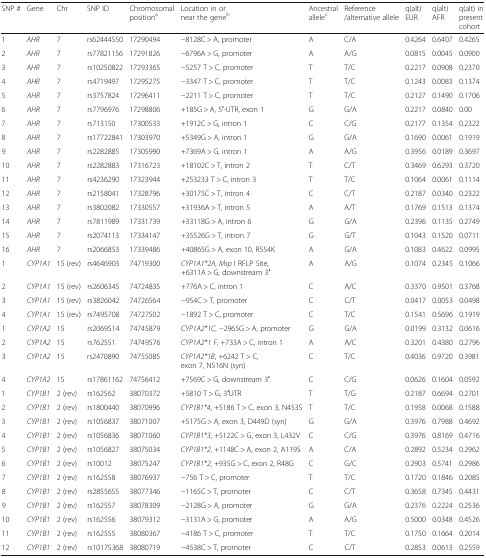
<table><thead><tr><td><b>SNP #</b></td><td><b>Gene</b></td><td><b>Chr</b></td><td><b>SNP ID</b></td><td><b>Chromosomal position<sup>a</sup></b></td><td><b>Location in or near the gene<sup>b</sup></b></td><td><b>Ancestral allele<sup>c</sup></b></td><td><b>Reference /alternative allele</b></td><td><b>q(alt) EUR</b></td><td><b>q(alt) AFR</b></td><td><b>q(alt) in present cohort</b></td></tr></thead><tbody><tr><td>1</td><td><i>AHR</i></td><td>7</td><td>rs62444550</td><td>17290494</td><td>−8128C &gt; A, promoter</td><td>A</td><td>C/A</td><td>0.4264</td><td>0.6407</td><td>0.4265</td></tr><tr><td>2</td><td><i>AHR</i></td><td>7</td><td>rs77821156</td><td>17291826</td><td>−6796A &gt; G, promoter</td><td>A</td><td>A/G</td><td>0.0815</td><td>0.0045</td><td>0.0900</td></tr><tr><td>3</td><td><i>AHR</i></td><td>7</td><td>rs10250822</td><td>17293365</td><td>−5257 T &gt; C, promoter</td><td>T</td><td>T/C</td><td>0.2217</td><td>0.0908</td><td>0.2370</td></tr><tr><td>4</td><td><i>AHR</i></td><td>7</td><td>rs4719497</td><td>17295275</td><td>−3347 T &gt; C, promoter</td><td>T</td><td>T/C</td><td>0.1243</td><td>0.0083</td><td>0.1374</td></tr><tr><td>5</td><td><i>AHR</i></td><td>7</td><td>rs3757824</td><td>17296411</td><td>−2211 T &gt; C, promoter</td><td>T</td><td>T/C</td><td>0.2127</td><td>0.1490</td><td>0.1706</td></tr><tr><td>6</td><td><i>AHR</i></td><td>7</td><td>rs7796976</td><td>17298806</td><td>+185G &gt; A, 5′-UTR, exon 1</td><td>G</td><td>G/A</td><td>0.2217</td><td>0.0840</td><td>0.00</td></tr><tr><td>7</td><td><i>AHR</i></td><td>7</td><td>rs713150</td><td>17300533</td><td>+1912C &gt; G, intron 1</td><td>C</td><td>C/G</td><td>0.2177</td><td>0.1354</td><td>0.2322</td></tr><tr><td>8</td><td><i>AHR</i></td><td>7</td><td>rs17722841</td><td>17303970</td><td>+5349G &gt; A, intron 1</td><td>G</td><td>G/A</td><td>0.1690</td><td>0.0061</td><td>0.1919</td></tr><tr><td>9</td><td><i>AHR</i></td><td>7</td><td>rs2282885</td><td>17305990</td><td>+7369A &gt; G, intron 1</td><td>A</td><td>A/G</td><td>0.3956</td><td>0.0189</td><td>0.3697</td></tr><tr><td>10</td><td><i>AHR</i></td><td>7</td><td>rs2282883</td><td>17316723</td><td>+18102C &gt; T, intron 2</td><td>T</td><td>C/T</td><td>0.3469</td><td>0.6293</td><td>0.3720</td></tr><tr><td>11</td><td><i>AHR</i></td><td>7</td><td>rs4236290</td><td>17323944</td><td>+253233 T &gt; C, intron 3</td><td>T</td><td>T/C</td><td>0.1064</td><td>0.0061</td><td>0.1114</td></tr><tr><td>12</td><td><i>AHR</i></td><td>7</td><td>rs2158041</td><td>17328796</td><td>+30175C &gt; T, intron 4</td><td>C</td><td>C/T</td><td>0.2187</td><td>0.0340</td><td>0.2322</td></tr><tr><td>13</td><td><i>AHR</i></td><td>7</td><td>rs3802082</td><td>17330557</td><td>+31936A &gt; T, intron 5</td><td>A</td><td>A/T</td><td>0.1769</td><td>0.1513</td><td>0.1374</td></tr><tr><td>14</td><td><i>AHR</i></td><td>7</td><td>rs7811989</td><td>17331739</td><td>+33118G &gt; A, intron 6</td><td>G</td><td>G/A</td><td>0.2396</td><td>0.1135</td><td>0.2749</td></tr><tr><td>15</td><td><i>AHR</i></td><td>7</td><td>rs2074113</td><td>17334147</td><td>+35526G &gt; T, intron 7</td><td>G</td><td>G/T</td><td>0.1043</td><td>0.1520</td><td>0.0711</td></tr><tr><td>16</td><td><i>AHR</i></td><td>7</td><td>rs2066853</td><td>17339486</td><td>+40865G &gt; A, exon 10, R554K</td><td>A</td><td>G/A</td><td>0.1083</td><td>0.4622</td><td>0.0995</td></tr><tr><td>1</td><td><i>CYP1A1</i></td><td>15 (rev)</td><td>rs4646903</td><td>74719300</td><td><i>CYP1A1*2A</i>, <i>Msp</i> I RFLP Site, +6311A &gt; G, downstream 3′</td><td>A</td><td>A/G</td><td>0.1074</td><td>0.2345</td><td>0.1066</td></tr><tr><td>2</td><td><i>CYP1A1</i></td><td>15 (rev)</td><td>rs2606345</td><td>74724835</td><td>+776A &gt; C, intron 1</td><td>C</td><td>A/C</td><td>0.3370</td><td>0.9501</td><td>0.3768</td></tr><tr><td>3</td><td><i>CYP1A1</i></td><td>15 (rev)</td><td>rs3826042</td><td>74726564</td><td>−954C &gt; T, promoter</td><td>C</td><td>C/T</td><td>0.0417</td><td>0.0053</td><td>0.0498</td></tr><tr><td>4</td><td><i>CYP1A1</i></td><td>15 (rev)</td><td>rs7495708</td><td>74727502</td><td>−1892 T &gt; C, promoter</td><td>C</td><td>T/C</td><td>0.1541</td><td>0.5696</td><td>0.1919</td></tr><tr><td>1</td><td><i>CYP1A2</i></td><td>15</td><td>rs2069514</td><td>74745879</td><td><i>CYP1A2*1C</i>, −2965G &gt; A, promoter</td><td>G</td><td>G/A</td><td>0.0199</td><td>0.3132</td><td>0.0616</td></tr><tr><td>2</td><td><i>CYP1A2</i></td><td>15</td><td>rs762551</td><td>74749576</td><td><i>CYP1A2*1 F</i>, +733A &gt; C, intron 1</td><td>A</td><td>A/C</td><td>0.3201</td><td>0.4380</td><td>0.2796</td></tr><tr><td>3</td><td><i>CYP1A2</i></td><td>15</td><td>rs2470890</td><td>74755085</td><td><i>CYP1A2*1B</i>, +6242 T &gt; C, exon 7, N516N (syn)</td><td>C</td><td>T/C</td><td>0.4036</td><td>0.9720</td><td>0.3981</td></tr><tr><td>4</td><td><i>CYP1A2</i></td><td>15</td><td>rs17861162</td><td>74756412</td><td>+7569C &gt; G, downstream 3′</td><td>C</td><td>C/G</td><td>0.0626</td><td>0.1604</td><td>0.0592</td></tr><tr><td>1</td><td><i>CYP1B1</i></td><td>2 (rev)</td><td>rs162562</td><td>38070372</td><td>+5810 T &gt; G, 3′UTR</td><td>T</td><td>T/G</td><td>0.2187</td><td>0.6694</td><td>0.2701</td></tr><tr><td>2</td><td><i>CYP1B1</i></td><td>2 (rev)</td><td>rs1800440</td><td>38070996</td><td><i>CYP1B1*4</i>, +5186 T &gt; C, exon 3, N453S</td><td>T</td><td>T/C</td><td>0.1958</td><td>0.0068</td><td>0.1588</td></tr><tr><td>3</td><td><i>CYP1B1</i></td><td>2 (rev)</td><td>rs1056837</td><td>38071007</td><td>+5175G &gt; A, exon 3, D449D (syn)</td><td>G</td><td>G/A</td><td>0.3976</td><td>0.7988</td><td>0.4692</td></tr><tr><td>4</td><td><i>CYP1B1</i></td><td>2 (rev)</td><td>rs1056836</td><td>38071060</td><td><i>CYP1B1*3</i>, +5122C &gt; G, exon 3, L432V</td><td>C</td><td>C/G</td><td>0.3976</td><td>0.8169</td><td>0.4716</td></tr><tr><td>5</td><td><i>CYP1B1</i></td><td>2 (rev)</td><td>rs1056827</td><td>38075034</td><td><i>CYP1B1*2</i>, +1148C &gt; A, exon 2, A119S</td><td>A</td><td>C/A</td><td>0.2892</td><td>0.5234</td><td>0.2962</td></tr><tr><td>6</td><td><i>CYP1B1</i></td><td>2 (rev)</td><td>rs10012</td><td>38075247</td><td><i>CYP1B1*2</i>, +935G &gt; C, exon 2, R48G</td><td>C</td><td>G/C</td><td>0.2903</td><td>0.5741</td><td>0.2986</td></tr><tr><td>7</td><td><i>CYP1B1</i></td><td>2 (rev)</td><td>rs162558</td><td>38076937</td><td>−756 T &gt; C, promoter</td><td>T</td><td>T/C</td><td>0.1720</td><td>0.1846</td><td>0.2085</td></tr><tr><td>8</td><td><i>CYP1B1</i></td><td>2 (rev)</td><td>rs2855655</td><td>38077346</td><td>−1165C &gt; T, promoter</td><td>C</td><td>C/T</td><td>0.3658</td><td>0.7345</td><td>0.4431</td></tr><tr><td>9</td><td><i>CYP1B1</i></td><td>2 (rev)</td><td>rs162557</td><td>38078309</td><td>−2128G &gt; A, promoter</td><td>G</td><td>G/A</td><td>0.2376</td><td>0.2224</td><td>0.2536</td></tr><tr><td>10</td><td><i>CYP1B1</i></td><td>2 (rev)</td><td>rs162556</td><td>38079312</td><td>−3131A &gt; G, promoter</td><td>A</td><td>A/G</td><td>0.5000</td><td>0.0348</td><td>0.4526</td></tr><tr><td>11</td><td><i>CYP1B1</i></td><td>2 (rev)</td><td>rs162555</td><td>38080367</td><td>−4186 T &gt; C, promoter</td><td>T</td><td>T/C</td><td>0.1750</td><td>0.1664</td><td>0.2014</td></tr><tr><td>12</td><td><i>CYP1B1</i></td><td>2 (rev)</td><td>rs10175368</td><td>38080719</td><td>−4538C &gt; T, promoter</td><td>C</td><td>C/T</td><td>0.2853</td><td>0.0613</td><td>0.2559</td></tr></tbody></table>